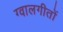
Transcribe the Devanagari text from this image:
ग्वालगीतों